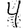
Digit: 4